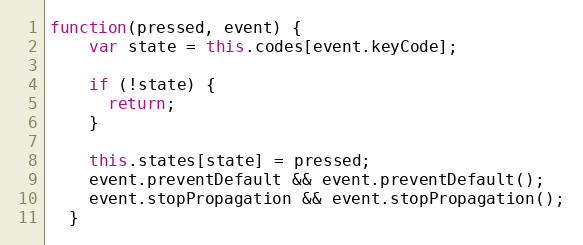
Language: JavaScript
function(pressed, event) {
    var state = this.codes[event.keyCode];

    if (!state) {
      return;
    }

    this.states[state] = pressed;
    event.preventDefault && event.preventDefault();
    event.stopPropagation && event.stopPropagation();
  }